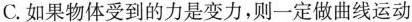
C.如果物体受到的力是变力，则一定做曲线运动